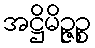
အဋ္ဌိမိဉ္ဇဉ္စ